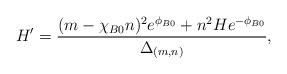
LaTeX: \begin{align*}H' = \frac{ (m - \chi_{B0} n)^2 e^{\phi_{B0}} + n^2 H e^{-\phi_{B0}}} {\Delta_{(m, n)}},\end{align*}